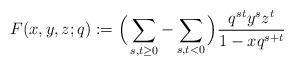
LaTeX: \begin{align*}F(x,y,z;q):=\Big ( \sum_{s,t \ge 0}-\sum_{s,t<0} \Big)\frac{q^{st}y^sz^t}{1-xq^{s+t}} \end{align*}